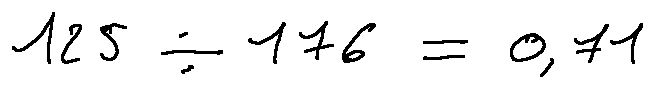
1 2 5 \div 1 7 6 = 0 . 7 1